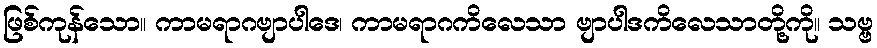
ဖြစ်ကုန်သော။ ကာမရာဂဗျာပါဒေ၊ ကာမရာဂကိလေသာ ဗျာပါဒကိလေသာတို့ကို။ သဗ္ဗ